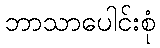
ဘာသာပေါင်းစုံ